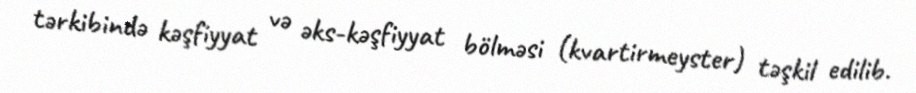
tərkibində kəşfiyyat və əks-kəşfiyyat bölməsi (kvartirmeyster) təşkil edilib.